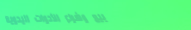
بيع وشراء الأدوات اليدوية